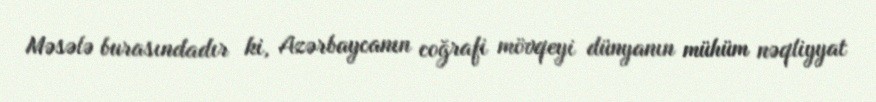
Məsələ burasındadır ki, Azərbaycanın coğrafi mövqeyi dünyanın mühüm nəqliyyat